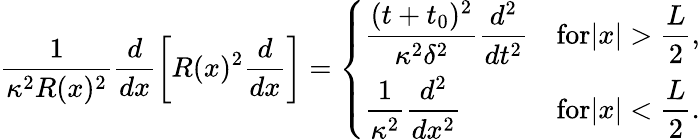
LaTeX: \frac{1}{\kappa^{2}R(x)^{2}}\frac{d}{dx}\left[R(x)^{2}\frac{d}{dx}\right]=\left\{ \begin{array}{ll}{\displaystyle\frac{(t+t_{0})^{2}}{\kappa^{2}\delta^{2}}\frac{d^{2}}{dt^{2}}}&{\displaystyle\textrm{for}|x|>\frac{L}{2},}\\ {\displaystyle\frac{1}{\kappa^{2}}\frac{d^{2}}{dx^{2}}}&{\displaystyle\textrm{for}|x|<\frac{L}{2}.}\end{array}\right.